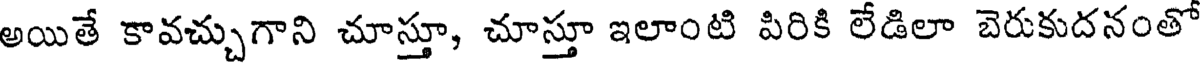
అయితే కావచ్చుగాని చూస్తూ, చూస్తూ ఇలాంటి పిరికి లేడిలా బెరుకుదనంతో